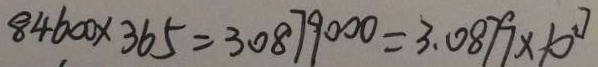
8 4 6 0 0 \times 3 6 5 = 3 0 8 7 9 0 0 0 = 3 . 0 8 7 9 \times 1 0 ^ { 2 7 }